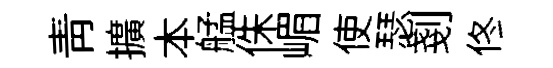
靑擴本艋侏嵋使瑟剗佟